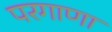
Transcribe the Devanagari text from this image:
परगाणा